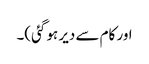
اور کام سے دیر ہو گئی)۔